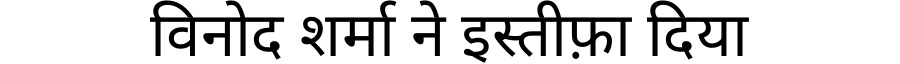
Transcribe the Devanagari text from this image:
विनोद शर्मा ने इस्तीफ़ा दिया